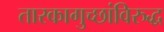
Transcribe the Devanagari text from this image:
तारकागुच्छांविरुद्ध